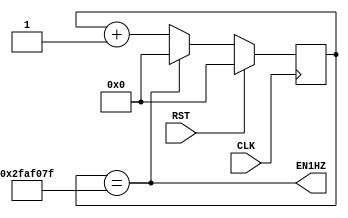
module CNT1SEC(
    input CLK, RST,
    output EN1HZ
);

/* 50MHz counter*/
reg [25:0] cnt;

always @( posedge CLK ) begin
    if (RST)
        cnt <= 26'b0;
    else if (EN1HZ)
        cnt <= 26'b0;
    else
        cnt <= cnt + 26'b1; 
end

/* 1Hz enable signal */
assign EN1HZ = (cnt==26'd49_999_999);

endmodule